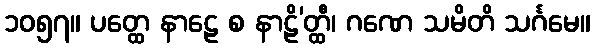
၁၀၅၇။ ပတ္ထေ နာဠေ စ နာဠိ’တ္ထီ၊ ဂဏေ သမိတိ သင်္ဂမေ။